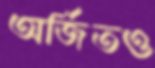
অর্জিতও